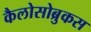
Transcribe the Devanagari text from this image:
कैलोसोब्रुकस